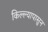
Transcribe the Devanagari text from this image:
किल्ल्यापासुन